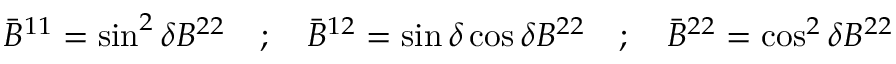
{ \bar { B } } ^ { 1 1 } = \sin ^ { 2 } \delta B ^ { 2 2 } \quad ; \quad { \bar { B } } ^ { 1 2 } = \sin \delta \cos \delta B ^ { 2 2 } \quad ; \quad { \bar { B } } ^ { 2 2 } = \cos ^ { 2 } \delta B ^ { 2 2 }